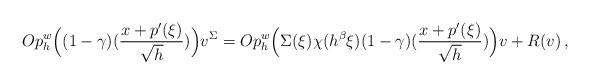
LaTeX: \begin{align*}Op_h^w\Big((1-\gamma)(\frac{x+p'(\xi)}{\sqrt{h}})\Big)v^{\Sigma}= Op_h^w\Big(\Sigma(\xi)\chi(h^{\beta}\xi)(1-\gamma)(\frac{x+p'(\xi)}{\sqrt{h}})\Big)v + R(v) \,,\end{align*}